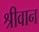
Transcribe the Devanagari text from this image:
श्रीवान